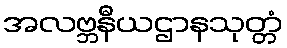
အလဗ္ဘနီယဌာနသုတ္တံ